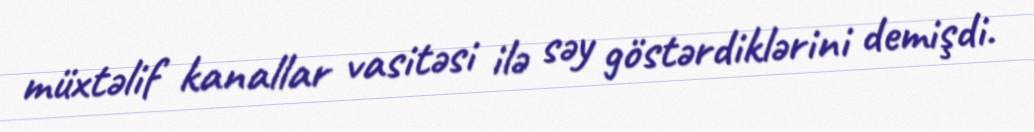
müxtəlif kanallar vasitəsi ilə səy göstərdiklərini demişdi.